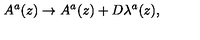
A ^ { a } ( z ) \rightarrow A ^ { a } ( z ) + D \lambda ^ { a } ( z ) ,